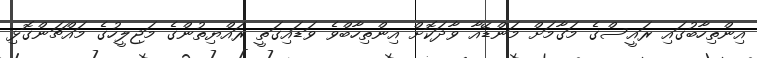
އިންތިހާބުގައި ރައީސްގެ މަގާމަށް މަންޑޭއާ ވާދަކޮށް އިންތިހާބްވެ ވަޑައިގަތީ ރައްޔިތުންގެ މަޖިލީހުގެ މައްޗަންގޮޅި